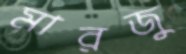
মারজু